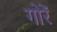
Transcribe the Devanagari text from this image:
गोरें